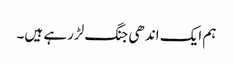
ہم ایک اندھی جنگ لڑرہے ہیں۔